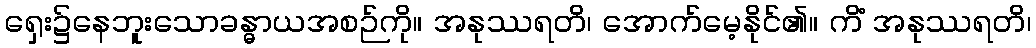
ရှေး၌နေဘူးသောခန္ဓာယအစဉ်ကို။ အနုဿရတိ၊ အောက်မေ့နိုင်၏။ ကိံ အနုဿရတိ၊